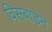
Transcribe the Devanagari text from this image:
विसबाडेन